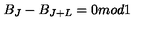
B _ { J } - B _ { J + L } = 0 m o d 1